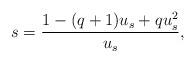
LaTeX: \begin{align*} s=\frac{1-(q+1)u_s+qu^2_s}{u_s},\end{align*}